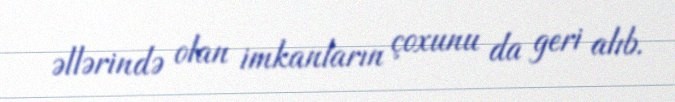
əllərində olan imkanların çoxunu da geri alıb.